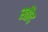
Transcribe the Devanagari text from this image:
स्तौद